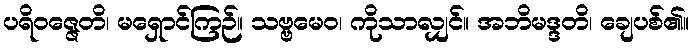
ပရိဝဇ္ဇေတိ၊ မရှောင်ကြဉ်။ သဗ္ဗမေဝ၊ ကိုသာလျှင်။ အဘိမဒ္ဒတိ၊ ချေပစ်၏။